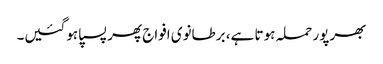
بھرپور حملہ ہوتا ہے، برطانوی افواج پھر پسپا ہوگئیں۔